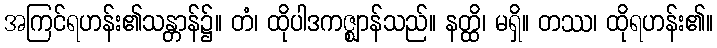
အကြင်ရဟန်း၏သန္တာန်၌။ တံ၊ ထိုပါဒကဇ္ဈာန်သည်။ နတ္ထိ၊ မရှိ။ တဿ၊ ထိုရဟန်း၏။